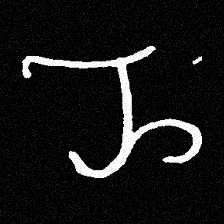
Pyu character \u2014 Myanmar letter: ည (romanized: nya)